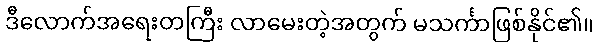
ဒီလောက်အရေးတကြီး လာမေးတဲ့အတွက် မသင်္ကာဖြစ်နိုင်၏။